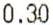
0.30